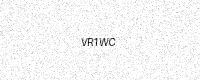
Text: VR1WC